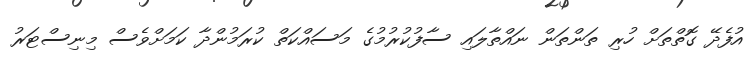
އުފެދޭ ގޮތްތަށް ހުރި ތަންތަން ނައްތާލައި ސާފުކުރުމުގެ މަސައްކަތް ކުރަމުންދާ ކަމަށްވެސް މިނިސްޓަރު